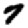
Digit: 7